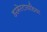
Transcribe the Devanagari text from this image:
डरमेस्टायडिया